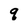
Character: q